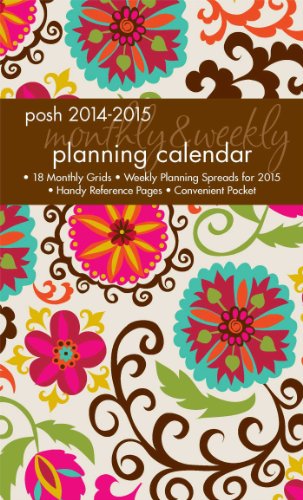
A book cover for Posh: Floral Whimsy 2014-2015 Monthly/Weekly Planning Calendar; Andrews McMeel Publishing LLC; Calendars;